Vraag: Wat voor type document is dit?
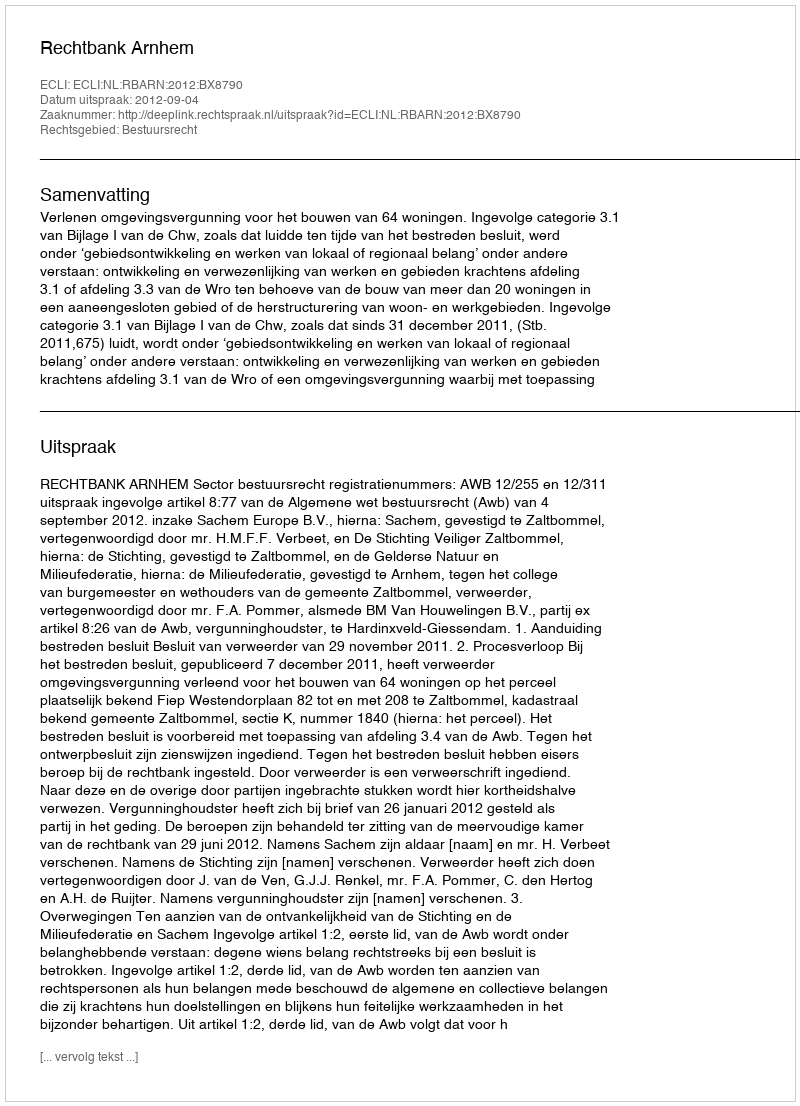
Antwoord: Uitspraak